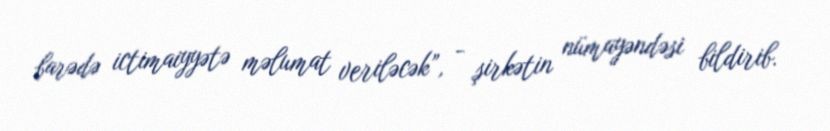
barədə ictimaiyyətə məlumat veriləcək”, - şirkətin nümayəndəsi bildirib.